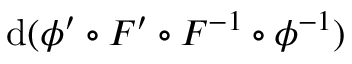
\mathrm { d } ( \phi ^ { \prime } \circ F ^ { \prime } \circ F ^ { - 1 } \circ \phi ^ { - 1 } )